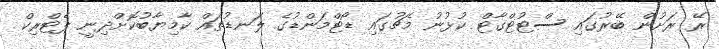
ރޭ ރަށުން ބޭރުގައި ސްޓުޓްގާޓް ކުޅުނު މެޗުގައި ޑޯޓްމަންޑުގެ ލަނޑުތައް ކާމިޔާބުކޮށްދިނީ ޕެޓްރިކް